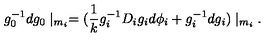
g _ { 0 } ^ { - 1 } d g _ { 0 } \mid _ { m _ { i } } = ( \frac { 1 } { k } g _ { i } ^ { - 1 } D _ { i } g _ { i } d \phi _ { i } + g _ { i } ^ { - 1 } d g _ { i } ) \mid _ { m _ { i } } .